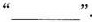
"___".